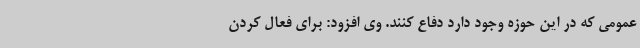
عمومی که در این حوزه وجود دارد دفاع کنند. وی افزود: برای فعال کردن